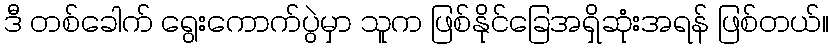
ဒီ တစ်ခေါက် ရွေးကောက်ပွဲမှာ သူက ဖြစ်နိုင်ခြေအရှိဆုံးအရန် ဖြစ်တယ်။